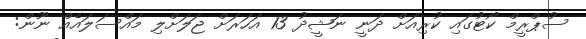
ސުޕްރީމް ކޯޓުގައި ކުރިއަށް ދަނީ ނަޝީދު 13 އަހަރަށް ޖަލަށްލި މައްސަލައެއް ނޫން: